Trukikaitis_Postimees, lk 11
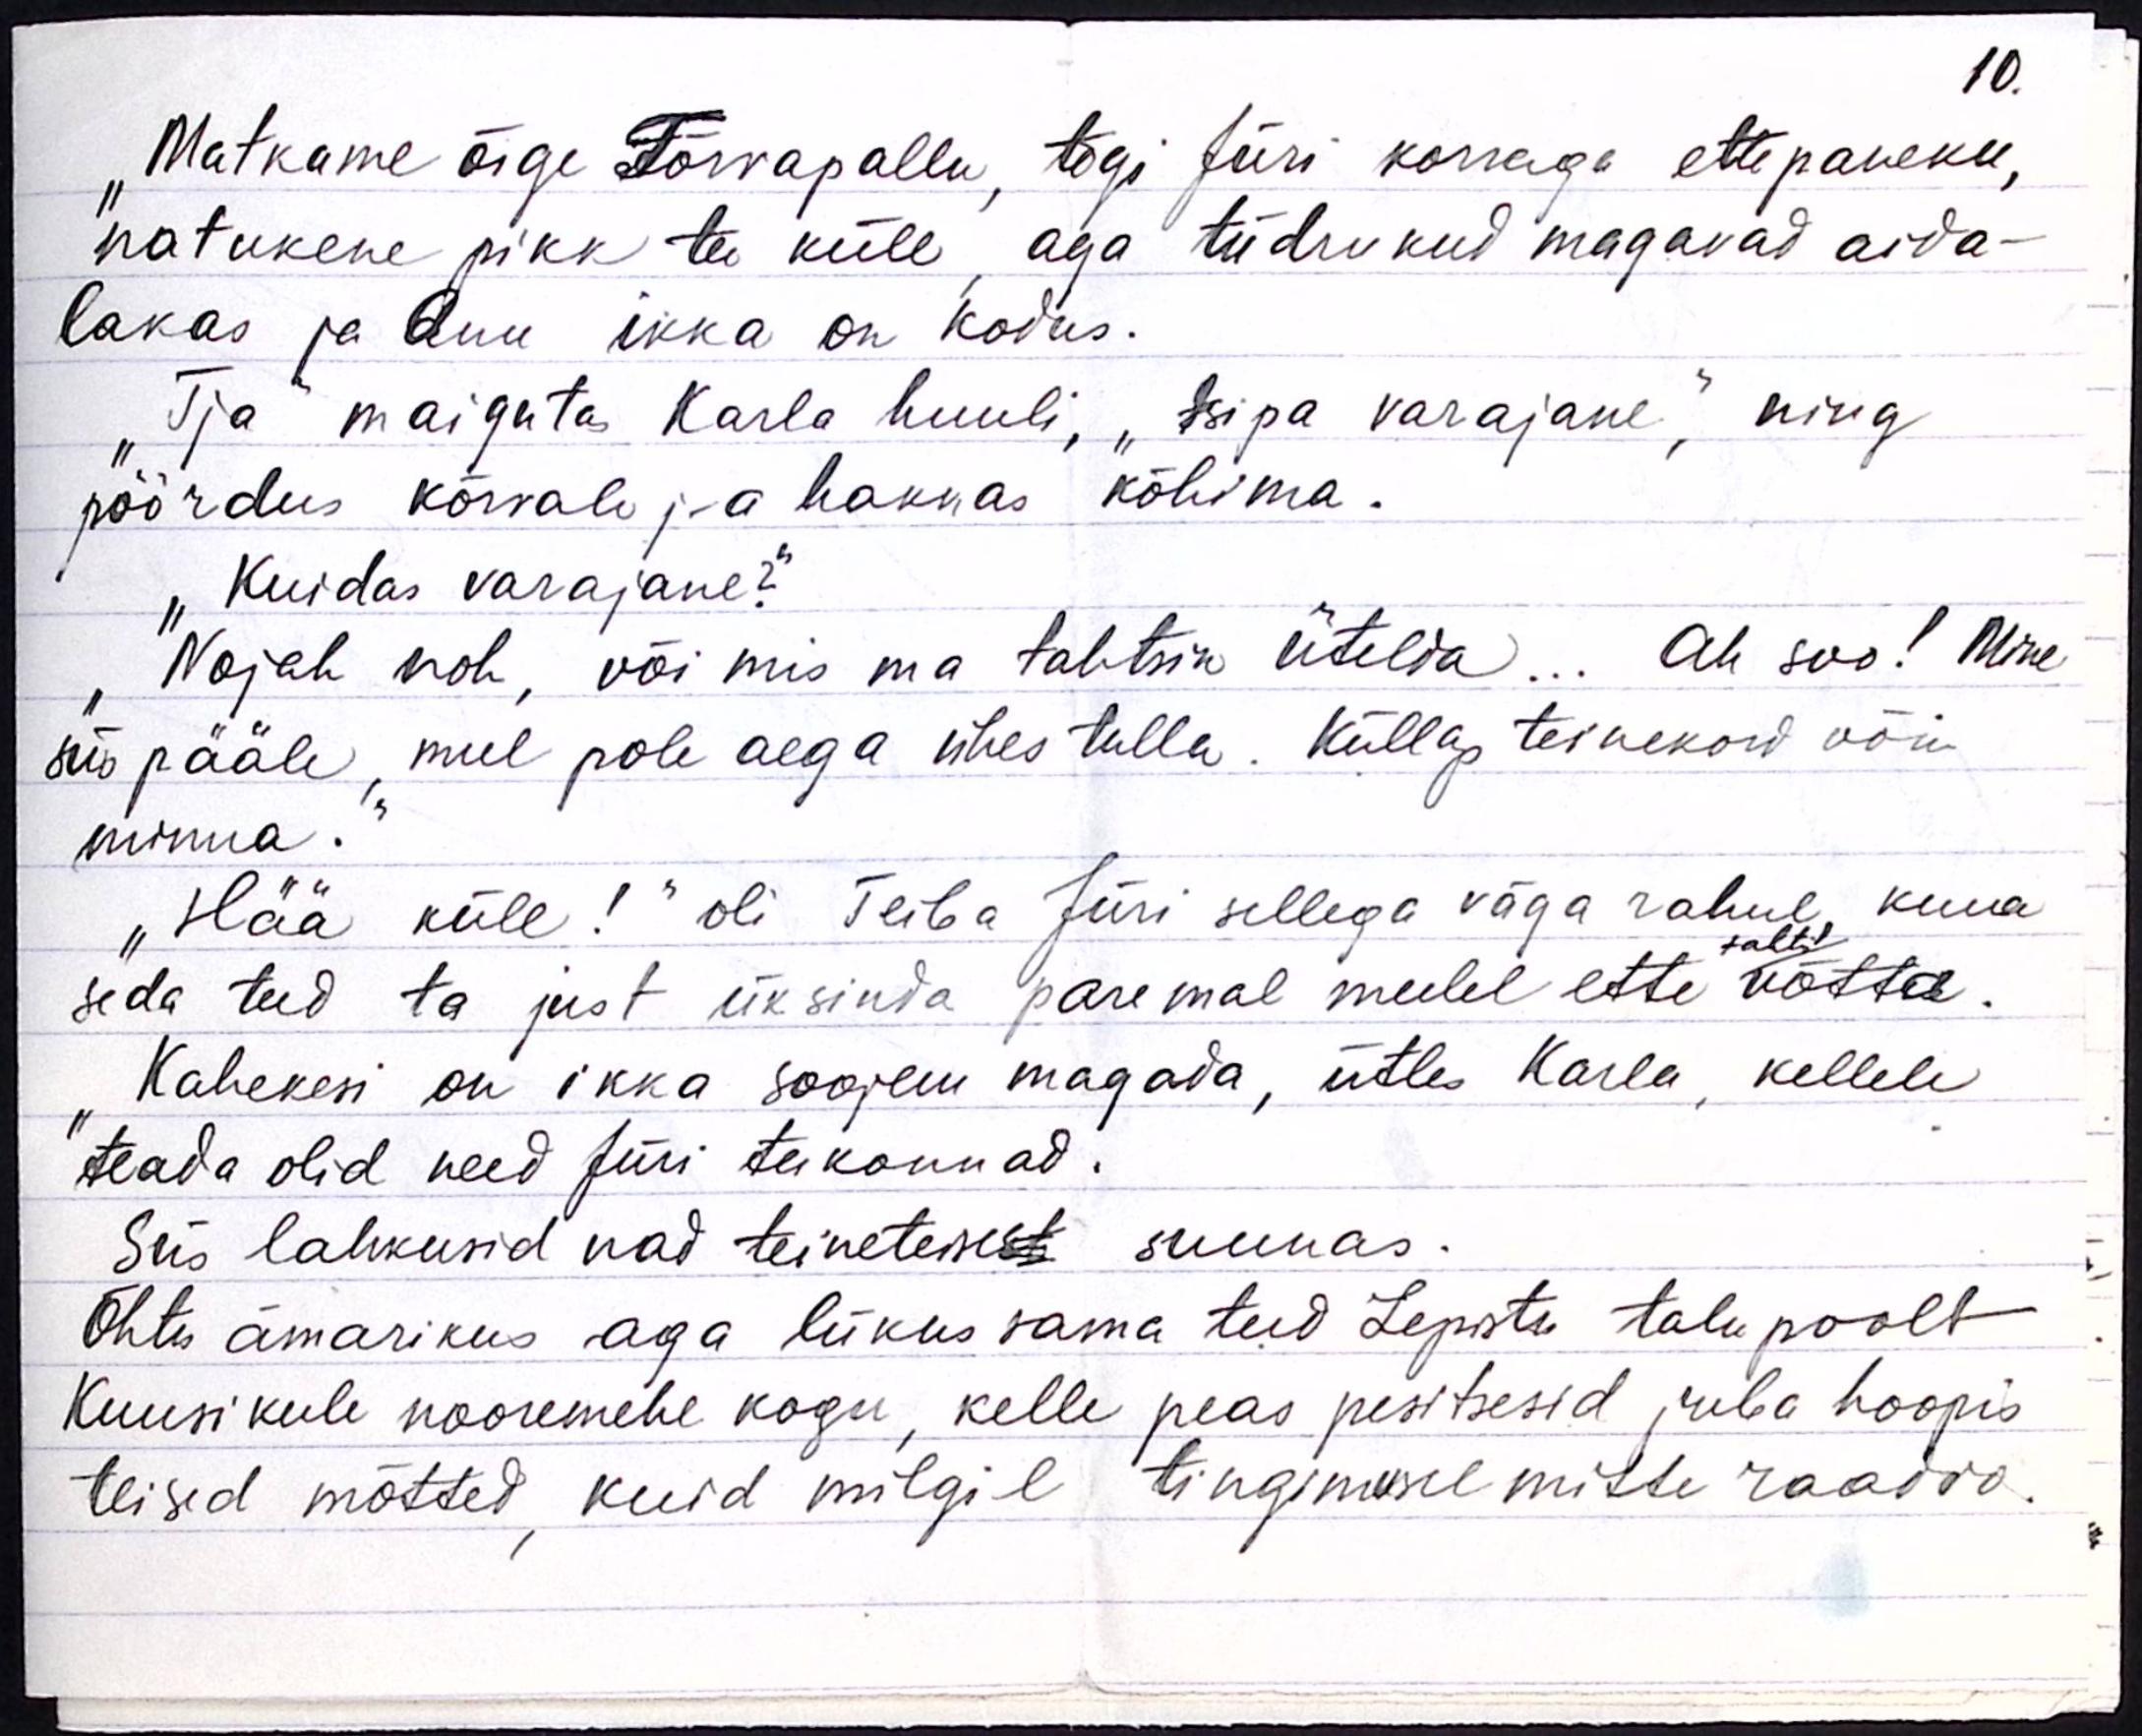
10.

"Matkame õige Tõrvapallu, tegi Jüri korraga ettepaneku,
natukene pikk ta küll aga tüdrukud magavad aida-
lakas ja Anu ikka on kodus.
"Tja maigutas Karla huuli, "tsipa varajane", ning
pöördus kõrvale ja hakkas kõhima.
"Kuidas varajane?"
"Nojah noh, või mis ma tahtsin ütelda... Ah soo! Mine
siis pääle, mul pole aega ühes tulla. Küllap teinekord võin
minna."
"Hää küll!" oli Teiba Jüri sellega väga rahul, kuna
tahtis
seda teed ta just üksinda paremal meelel ette võtta.
"Kahekesi on ikka soojem magada, ütles Karla, kellele
teada olid need Jüri teekonnad.
Siis lahkusid nad teinetese suunas.
Õhtu ämarikus aga liikus sama teed Lepiste talu poolt
Kuusikule nooremehe kogu, kelle peas pisitsesid juba hoopis-
teised mõtted, kuid milgil tingimusel mitte raadio.